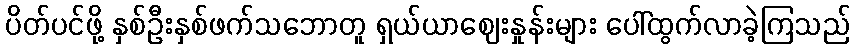
ပိတ်ပင်ဖို့ နှစ်ဦးနှစ်ဖက်သဘောတူ ရှယ်ယာဈေးနှုန်းများ ပေါ်ထွက်လာခဲ့ကြသည်